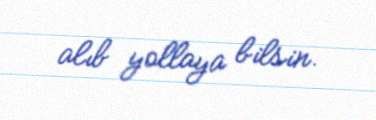
alıb yollaya bilsin.